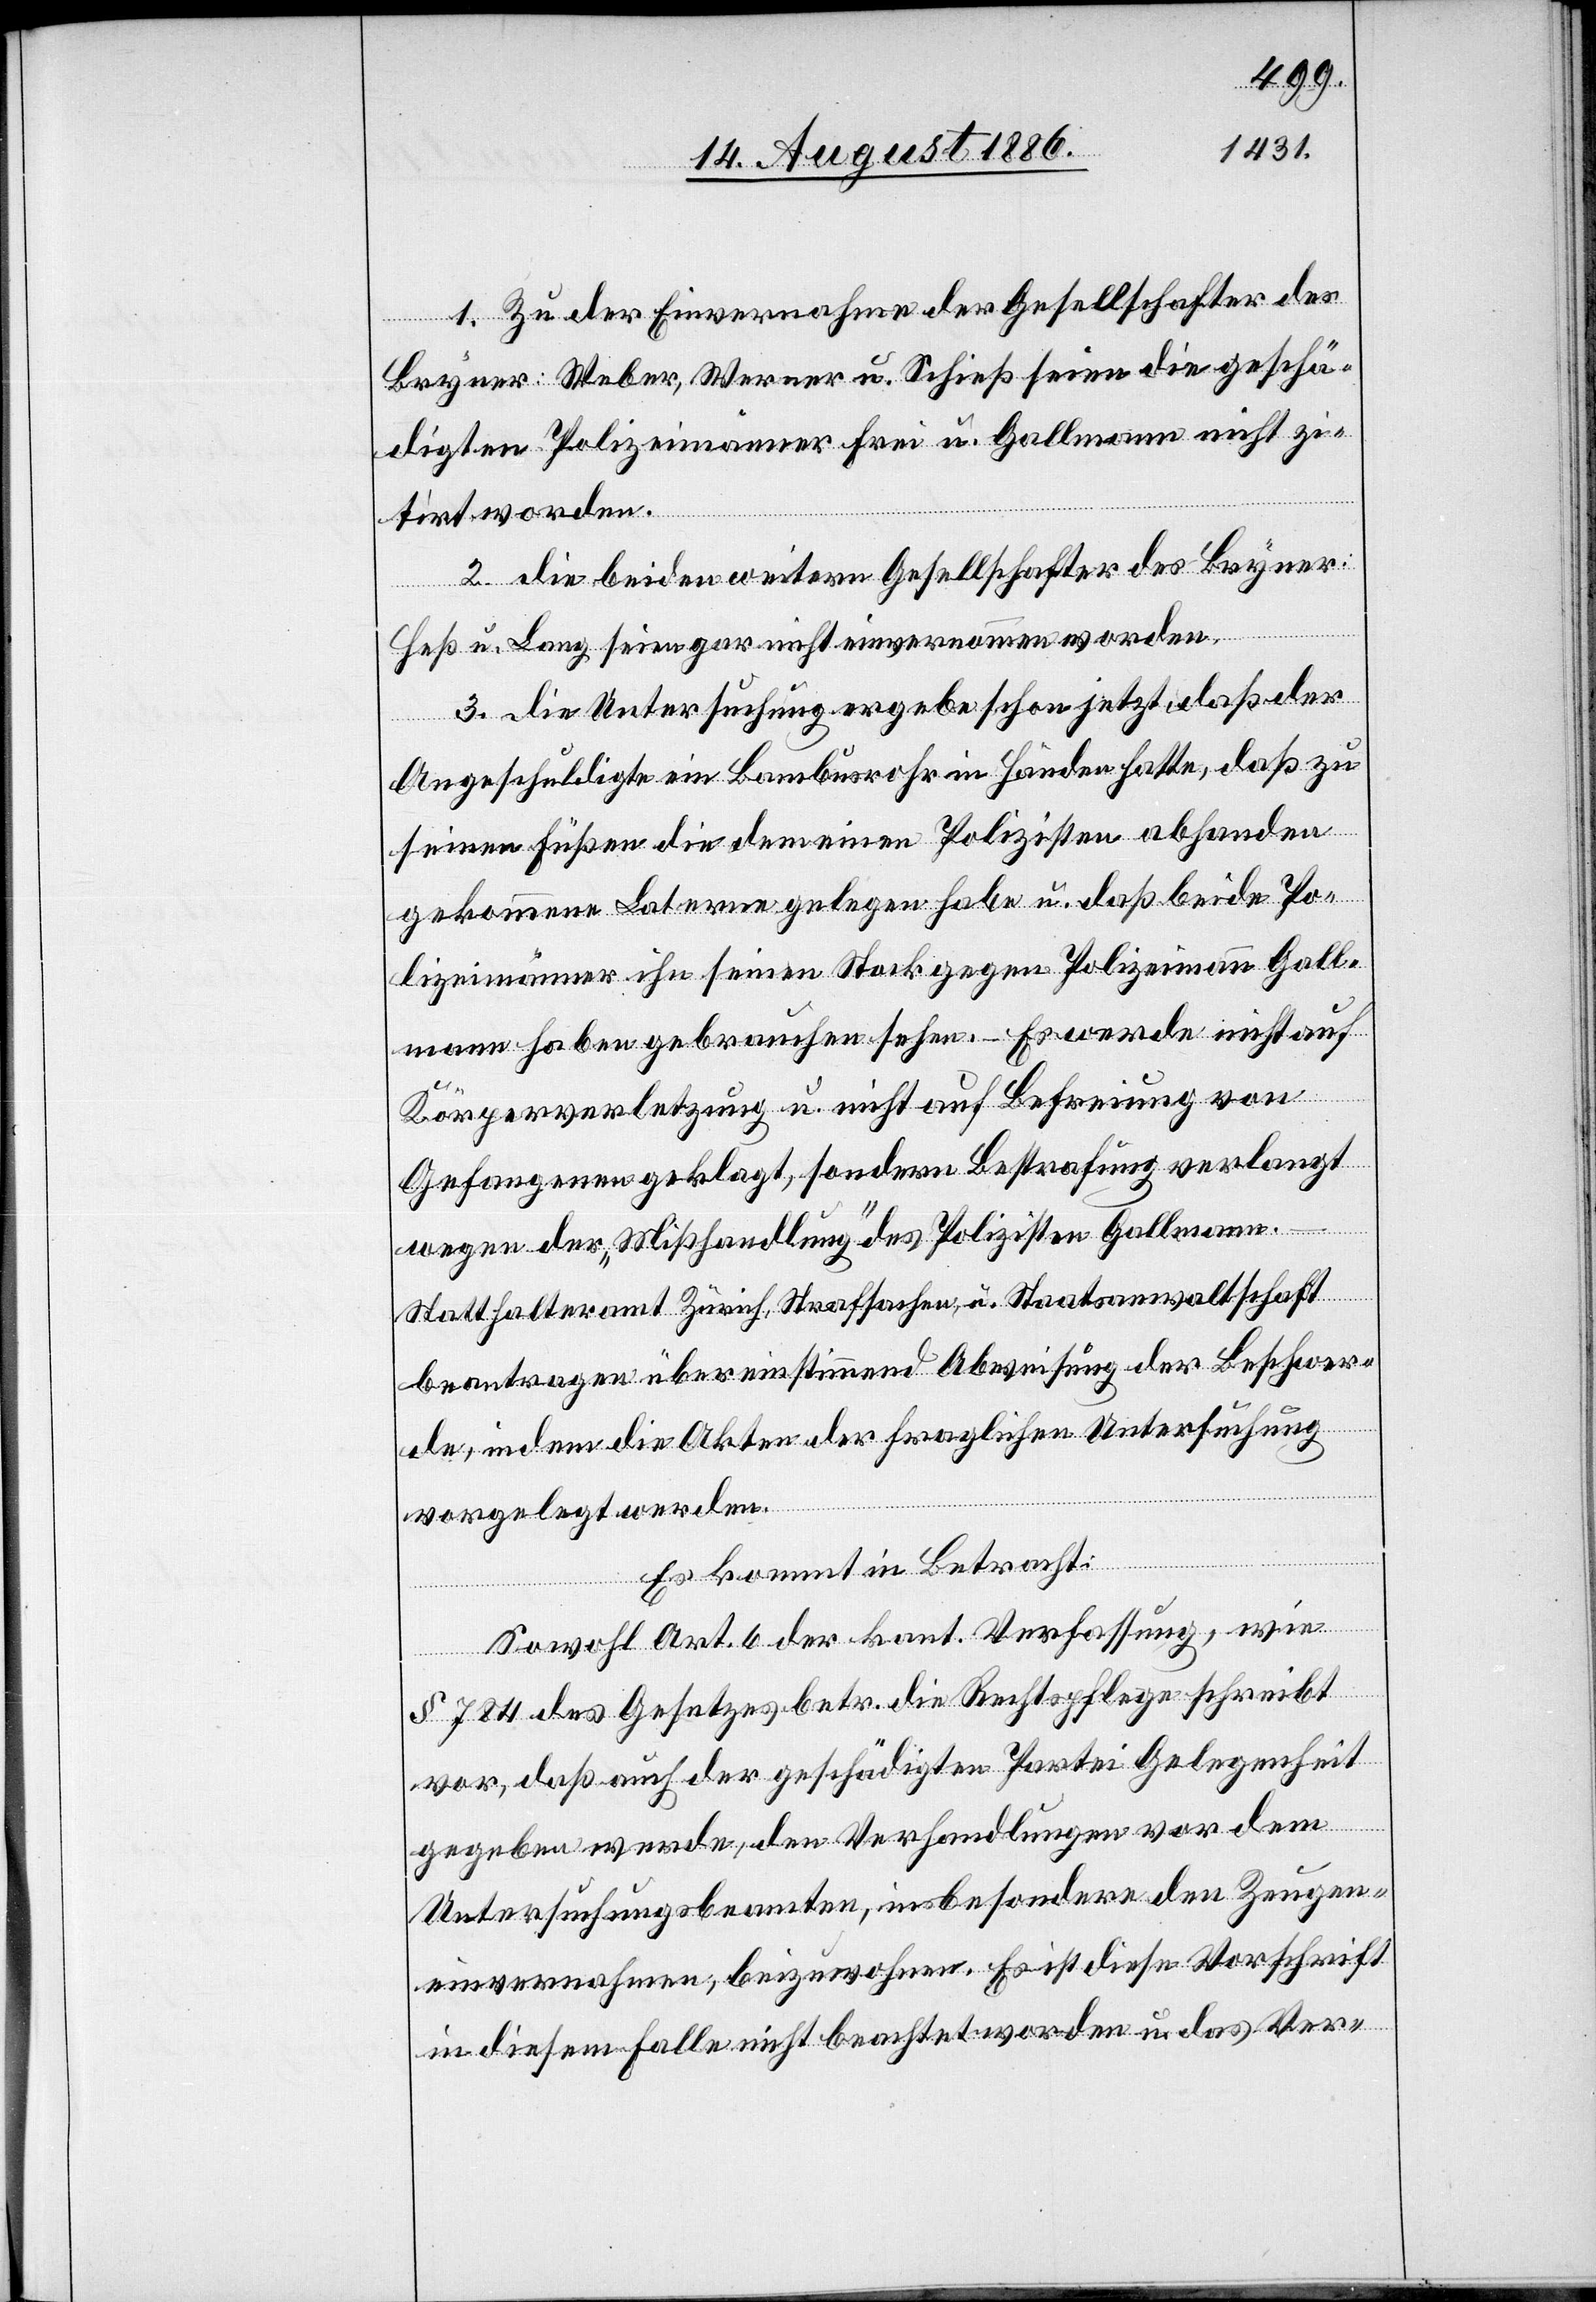
1. Zu der Einvernahme der Gesellschafter des
Bryner: Weber, Werner & Schieß seien die geschä¬
digten Polizeimänner Frei u. Gallmann nicht zi¬
tirt worden.
2. Die beiden weitern Gesellschafter des Bryner:
Heß u. Lang seien gar nicht einvernommen worden.
3. Die Untersuchung ergebe schon jetzt, daß der
Angeschuldigte ein Bambusrohr in Händen hatte, daß zu
seinen Füßen die dem einen Polizisten abhanden
gekommene Laterne gelegen habe u. daß beide Po¬
lizeimänner ihn seinen Stock gegen Polizeimann Gall¬
mann haben gebrauchen sehen. – Es werde nicht auf
Körperverletzung u. nicht auf Befreiung von
Gefangenen geklagt, sondern Bestrafung verlangt
wegen der „Mißhandlung“ des Polizisten Gallmann.
Statthalteramt Zürich, Strafsachen, u. Staatsanwaltschaft
beantragen übereinstimmend Abweisung der Beschwer¬
de, indem die Akten der fraglichen Untersuchung
vorgelegt werden.
Es kommt in Betracht:
Sowohl Art. 6 der kant. Verfassung, wie
§ 784 des Gesetzes betr. die Rechtspflege schreibt
vor, daß auch der geschädigten Partei Gelegenheit
gegeben werde, den Verhandlungen vor dem
Untersuchungsbeamten, insbesondere den Zeugen¬
einvernahmen, beizuwohnen. Es ist diese Vorschrift
in diesem Falle nicht beachtet worden u. das Ver-